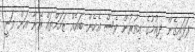
ފަޅައިގެން ދިއުމުގެ އިތުރުން ވެސް އެހެން ބައެއް ޒަހަމްތައް އޭނާ އަށް ވަނީ